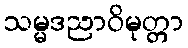
သမ္မဒညာဝိမုတ္တာ